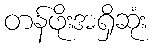
တန်ဖိုးအရှိဆုံး